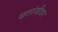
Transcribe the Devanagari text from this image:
सतरंजीवर